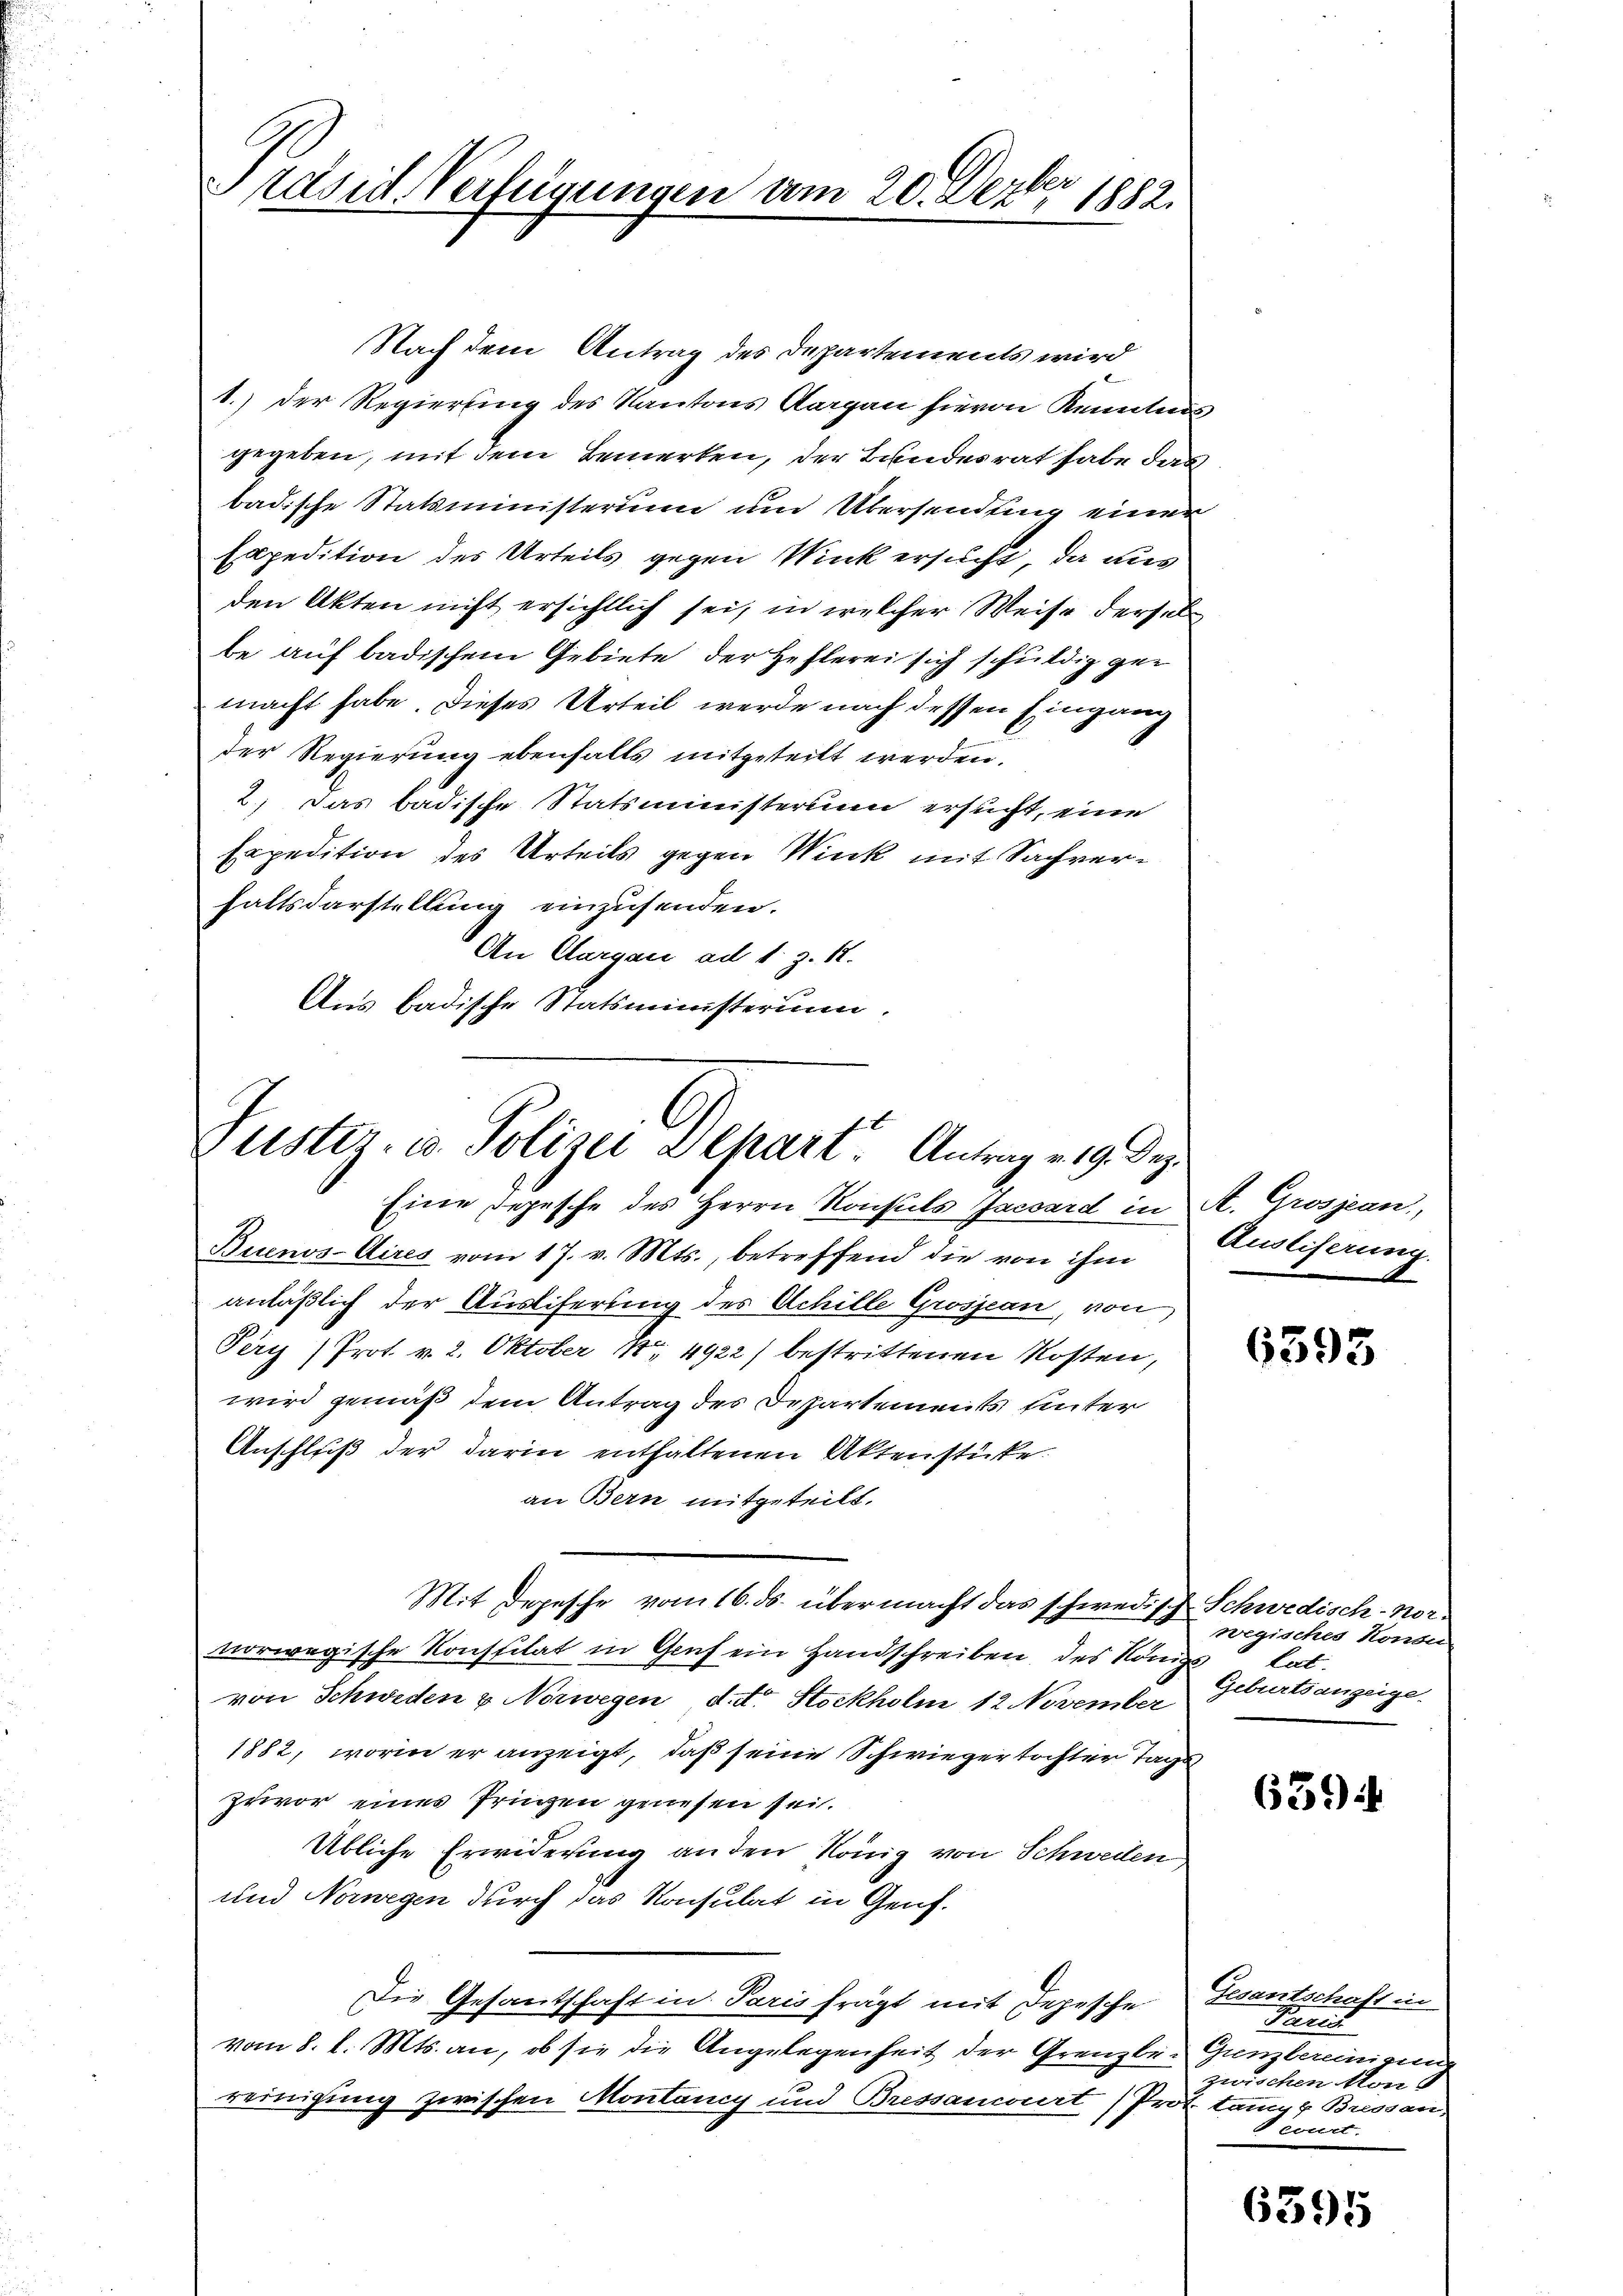
Präsid-Verfügungen am 20. Dezbr 1882.

Nach dem Antrag des Departements wird
1.) Der Regierung des Kantons Aargau hievon Kenntnis
gegeben, mit dem Bemerken, der Bundesrat habe das
badische Statsministerium und Übersendung einer
Expedition des Urteils gegen Wink ersucht, da aus
den Akten nicht ersichtlich sei, in welcher Weise derselbe auf badischem Gebiete der Hehlerei sich schuldig gemacht habe. Dieses Urteil werde nach dessen Eingang
der Regierung ebenfalls mitgeteilt werden.
2.) Das badische Statsministerium ersucht, eine
Expedition des Urteils gegen Wink mit Sachverhaltsdarstellung einzusenden.
An Aargau ad 1., z. R.
Ans badische Statsministerium.

Justiz- u. Polizei Dehart. Antrag v. 19. Dez.

Eine Depesche des Herrn Konsuls Jaccard in A. Grosjean,
Buenos-Aires vom 17. v. Mts., betreffend die von ihm
anläßlich der Ausliferung des Achille Grosjean, von
Pery (Prot. v. 2. Oktober Nr. 4922) bestrittenen Kosten,
wird gemäß dem Antrag des Departements unter
Anschluß der darin enthaltenen Aktenstücke.
an Bern mitgeteilt.
Mit Depesche vom 16. ds. übermacht das schwedisch Schwedisch-Nor-
norwegische Konstitat in Genf ein Handschreiben, des König
von Schweden & Norwegen d. d. Stockholm 12. November
1882, worin er anzeigt, daß seine Schwiegertochter Tag
prvor eines Prinzen genesen sei.
Übliche Erwiderung an den König von Schweilen
und Norwegen durch das Konsulat in Genf.
Die Gesantschaft in Paris fragt mit Depesche Gesantschaft in
vom 8. d. Mts. an, ob sie die Angelegenheit der Grenzbei Grenzbereinigung
reinigung zwischen Montany und Bressancourt (Prot. kam Bressan

Ausliserung.

6595

wegisches Konsur
lat.
Geburtsanzeige

6394

Paris
zwischen Mon
Deourt.

6395